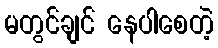
မတွင်ချင် နေပါစေတဲ့